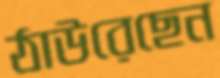
ঠাউরেছেন